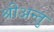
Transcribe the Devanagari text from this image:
श्रीअन्तु